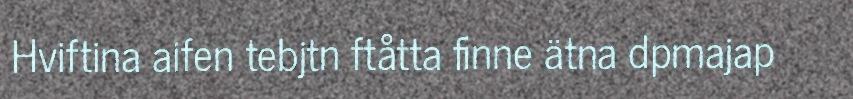
Hviftina aifen tebjtn ftåtta finne ätna dpmajap